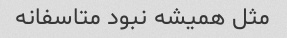
مثل همیشه نبود متاسفانه